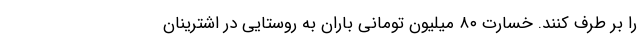
را بر طرف کنند. خسارت ۸۰ میلیون تومانی باران به روستایی در اشترینان